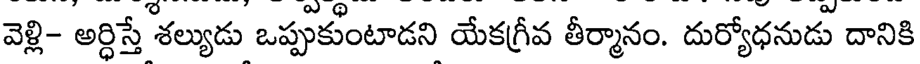
వెళ్లి- అర్ధిస్తే శల్యుడు ఒప్పుకుంటాడని యేకగ్రీవ తీర్మానం. దుర్యోధనుడు దానికి